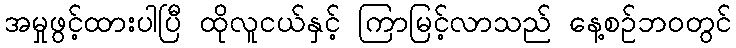
အမှုဖွင့်ထားပါပြီ ထိုလူငယ်နှင့် ကြာမြင့်လာသည် နေ့စဉ်ဘ၀တွင်